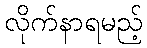
လိုက်နာရမည့်